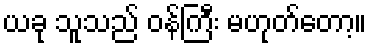
ယခု သူသည် ဝန်ကြီး မဟုတ်တော့။